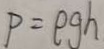
P = \rho g h